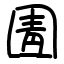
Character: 圊